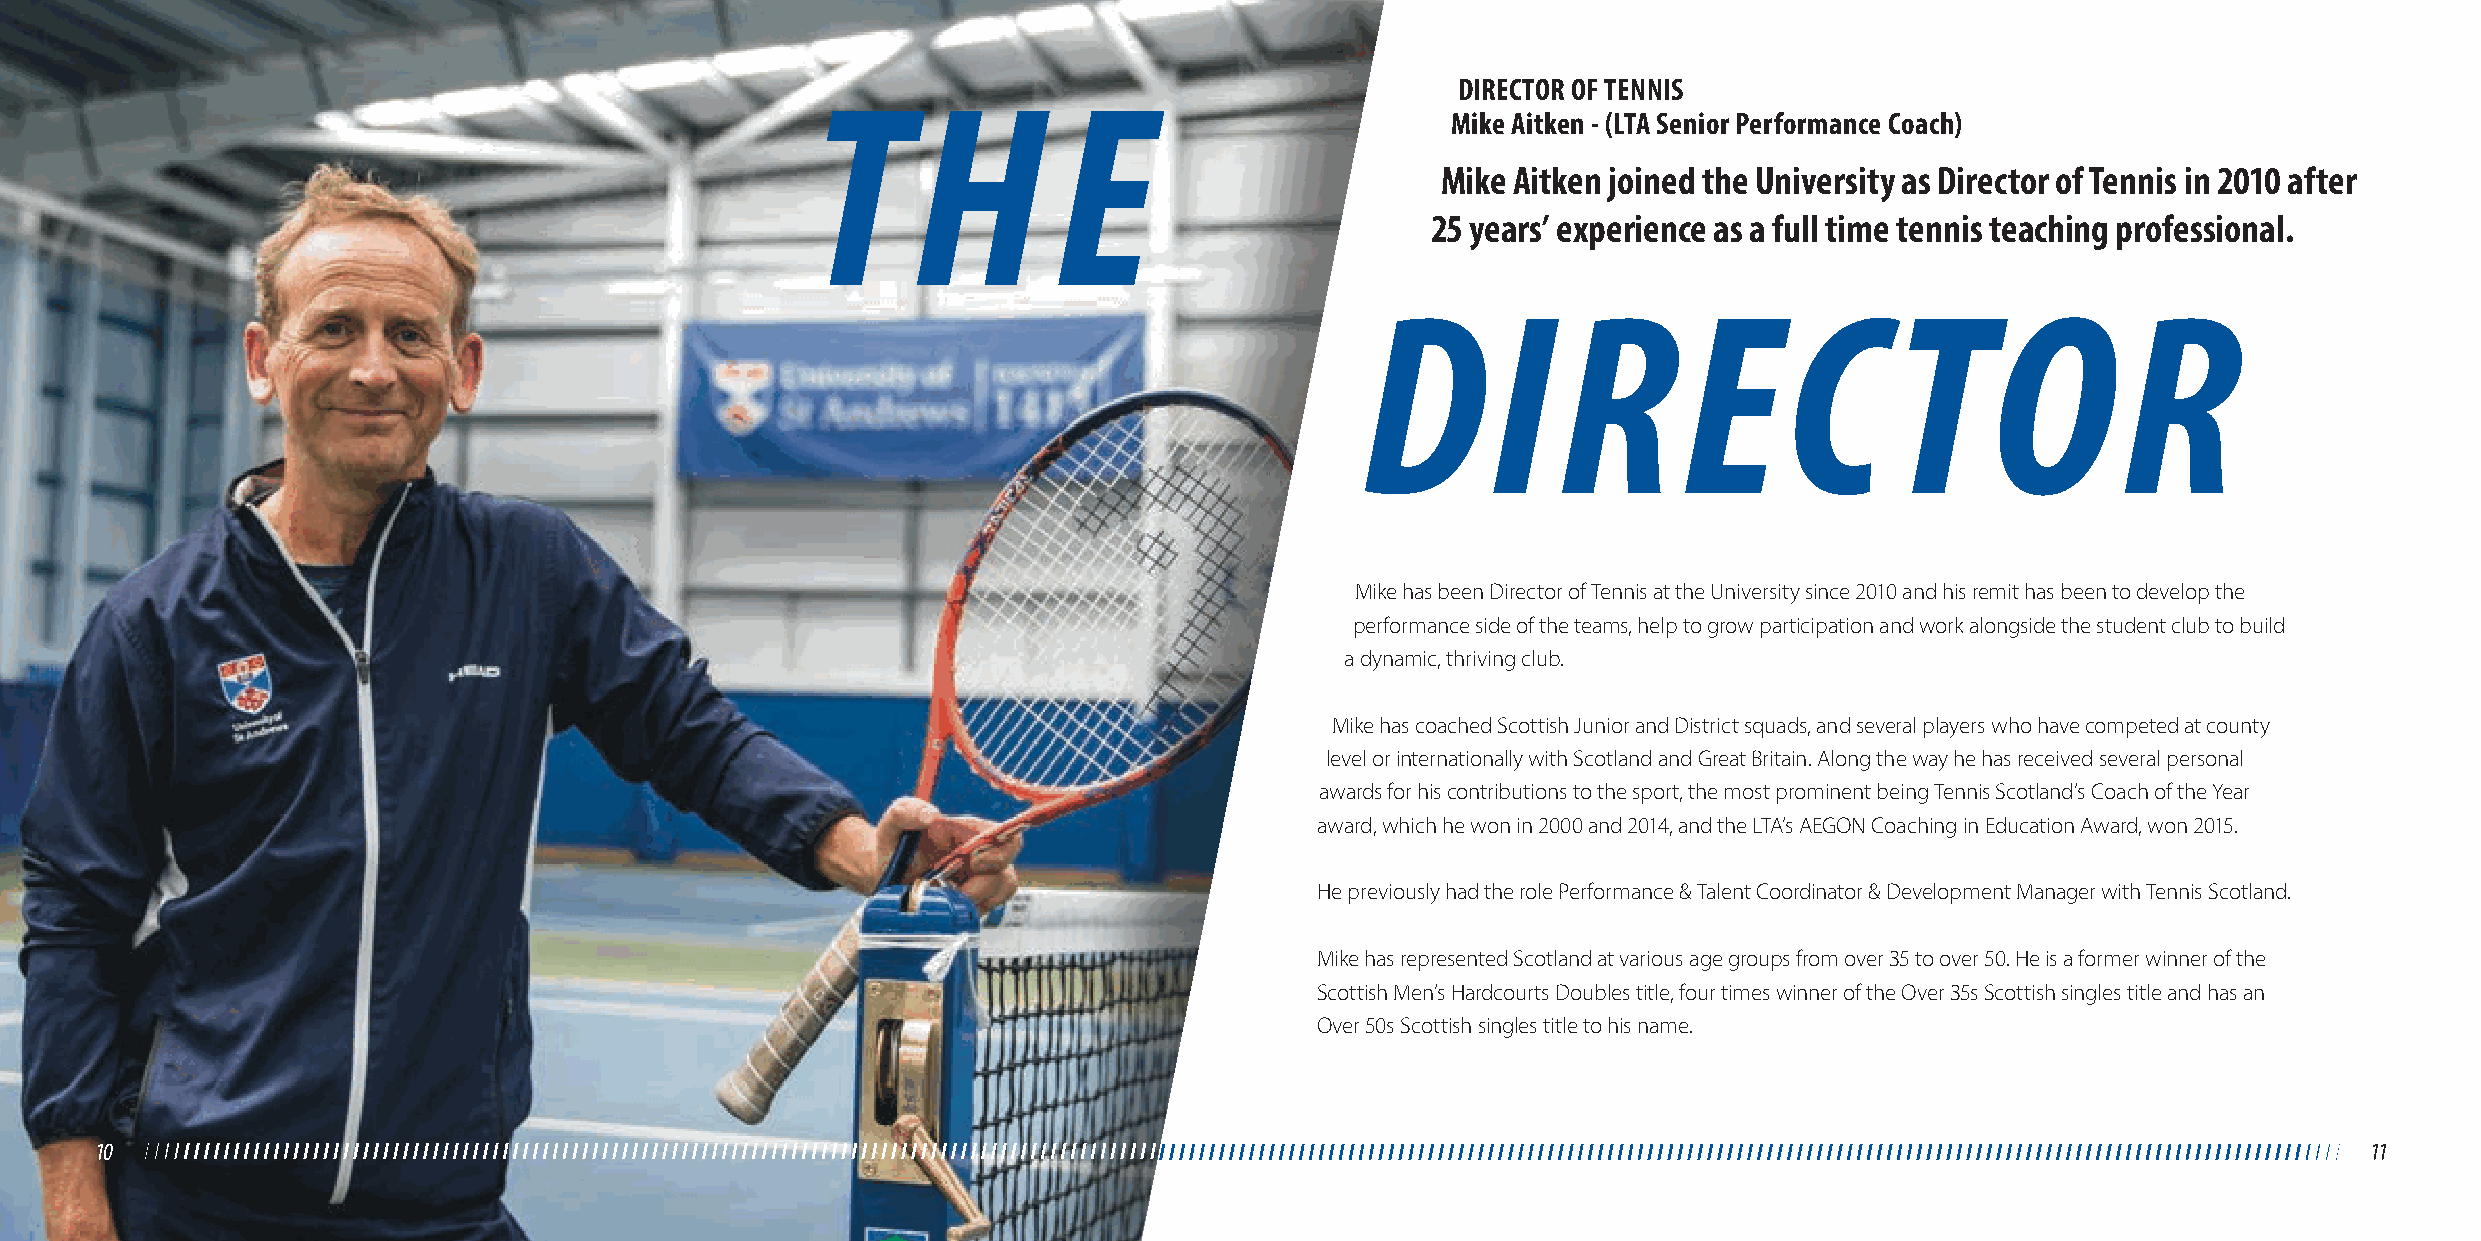
DIRECTOR OF TENNIS
 T     H         E
 Mike Aitken - (LTA Senior Performance Coach)
 Mike Aitken joined the University as Director of Tennis in 2010 after
 25 years’ experience as a full time tennis teaching professional.
 DIREC                              TOR
 Mike has been Director of Tennis at the University since 2010 and his remit has been to develop the
 performance side of the teams, help to grow participation and work alongside the student club to build
 a dynamic, thriving club.
 Mike has coached Scottish Junior and District squads, and several players who have competed at county
 level or internationally with Scotland and Great Britain. Along the way he has received several personal
 awards for his contributions to the sport, the most prominent being Tennis Scotland’s Coach of the Year
 award, which he won in 2000 and 2014, and the LTA’s AEGON Coaching in Education Award, won 2015.
 He previously had the role Performance & Talent Coordinator & Development Manager with Tennis Scotland.
 Mike has represented Scotland at various age groups from over 35 to over 50. He is a former winner of the
 Scottish Men’s Hardcourts Doubles title, four times winner of the Over 35s Scottish singles title and has an
 Over 50s Scottish singles title to his name.
 10                                                                                                                                                     11